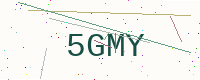
Text: 5GMY